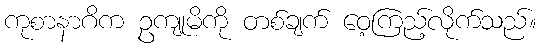
ကုစာနာဂိက ဥကျုမိကို တစ်ချက် ဝေ့ကြည့်လိုက်သည်။